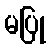
မပြု